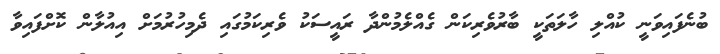
ބުނެފައިވަނީ ކުއްލި ހާލަތަކީ ބާރުވެރިކަން ގެއްލެމުންދާ ރައީސަކު ވެރިކަމުގައި ދެމިހުރުމަށް އިއުލާން ކޮށްފައިވާ